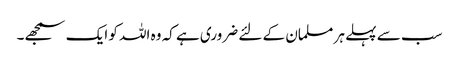
سب سے پہلے ہر مسلمان کے لئے ضروری ہے کہ وہ اللہ کو ایک سمجھے۔